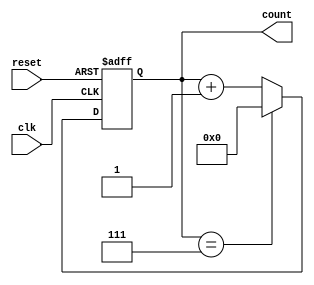
module mod_n_counter #(parameter N = 8) (
    input wire clk,          // Clock input
    input wire reset,        // Asynchronous reset input
    output reg [N-1:0] count // Output count value
);

    // Calculate the number of flip-flops required
    localparam NUM_FLIP_FLOPS = $clog2(N);

    // Asynchronous reset and counting logic
    always @(posedge clk or posedge reset) begin
        if (reset) begin
            count <= 0; // Reset count to 0
        end else begin
            if (count == N-1) begin
                count <= 0; // Wrap around to 0
            end else begin
                count <= count + 1; // Increment count
            end
        end
    end

endmodule